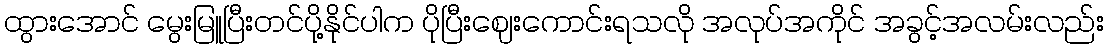
ထွားအောင် မွေးမြူပြီးတင်ပို့နိုင်ပါက ပိုပြီးဈေးကောင်းရသလို အလုပ်အကိုင် အခွင့်အလမ်းလည်း